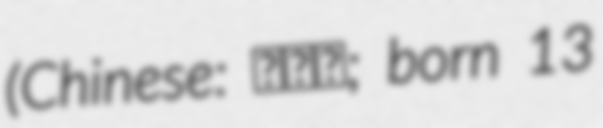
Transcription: (Chinese: 許文馨; born 13